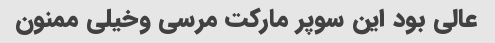
عالی بود این سوپر مارکت مرسی وخیلی ممنون